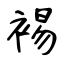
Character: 裼